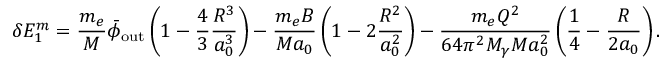
\delta E _ { 1 } ^ { m } = \frac { m _ { e } } { M } \bar { \phi } _ { \mathrm { o u t } } \left( 1 - \frac { 4 } { 3 } \frac { R ^ { 3 } } { a _ { 0 } ^ { 3 } } \right) - \frac { m _ { e } B } { M a _ { 0 } } \left( 1 - 2 \frac { R ^ { 2 } } { a _ { 0 } ^ { 2 } } \right) - \frac { m _ { e } Q ^ { 2 } } { 6 4 \pi ^ { 2 } M _ { \gamma } M a _ { 0 } ^ { 2 } } \left( \frac { 1 } { 4 } - \frac { R } { 2 a _ { 0 } } \right) .